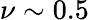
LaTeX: \nu\sim 0.5